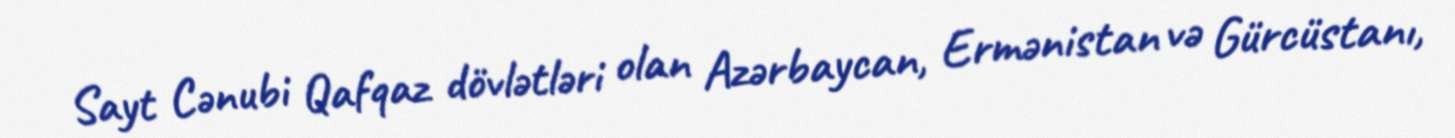
Sayt Cənubi Qafqaz dövlətləri olan Azərbaycan, Ermənistan və Gürcüstanı,